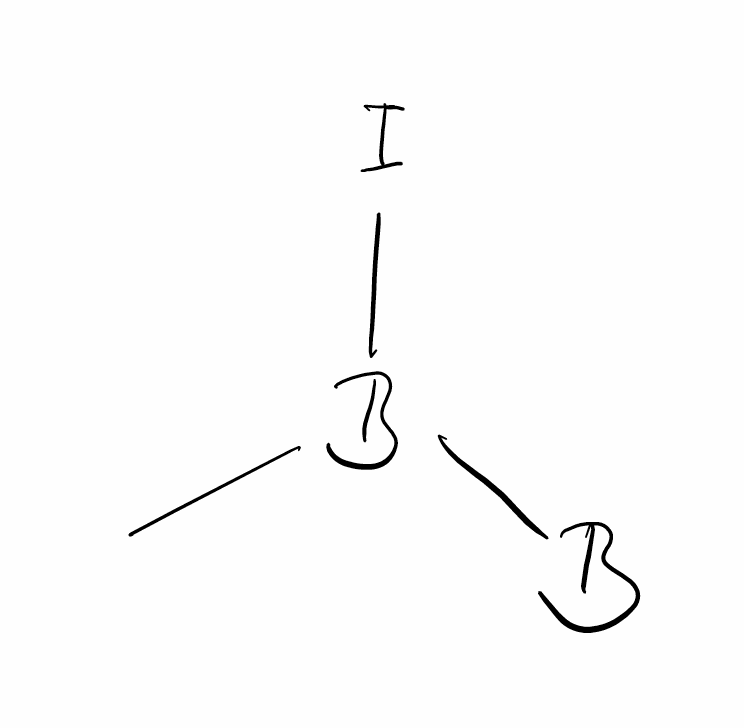
Simplified molecular-input line-entry system (SMILES) notation of the given molecule:
[B]B(C)I